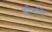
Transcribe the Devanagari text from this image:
स्त्रीशक्ति